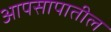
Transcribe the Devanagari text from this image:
आपसापातील